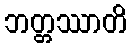
ဘတ္တဿာတိ